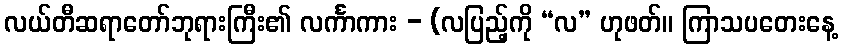
လယ်တီဆရာတော်ဘုရားကြီး၏ လင်္ကာကား - (လပြည့်ကို “လ” ဟုဖတ်။ ကြာသပတေးနေ့